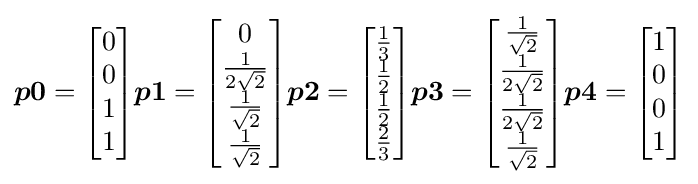
{\boldsymbol {p0}}={\begin{bmatrix}0\\0\\1\\1\end{bmatrix}}{\boldsymbol {p1}}={\begin{bmatrix}0\\{\frac {1}{2{\sqrt {2}}}}\\{\frac {1}{\sqrt {2}}}\\{\frac {1}{\sqrt {2}}}\end{bmatrix}}{\boldsymbol {p2}}={\begin{bmatrix}{\frac {1}{3}}\\{\frac {1}{2}}\\{\frac {1}{2}}\\{\frac {2}{3}}\end{bmatrix}}{\boldsymbol {p3}}={\begin{bmatrix}{\frac {1}{\sqrt {2}}}\\{\frac {1}{2{\sqrt {2}}}}\\{\frac {1}{2{\sqrt {2}}}}\\{\frac {1}{\sqrt {2}}}\end{bmatrix}}{\boldsymbol {p4}}={\begin{bmatrix}1\\0\\0\\1\end{bmatrix}}